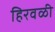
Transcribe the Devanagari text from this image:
हिरवळी